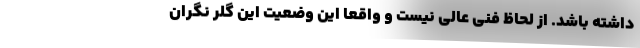
داشته باشد. از لحاظ فنی عالی نیست و واقعا این وضعیت این گلر نگران